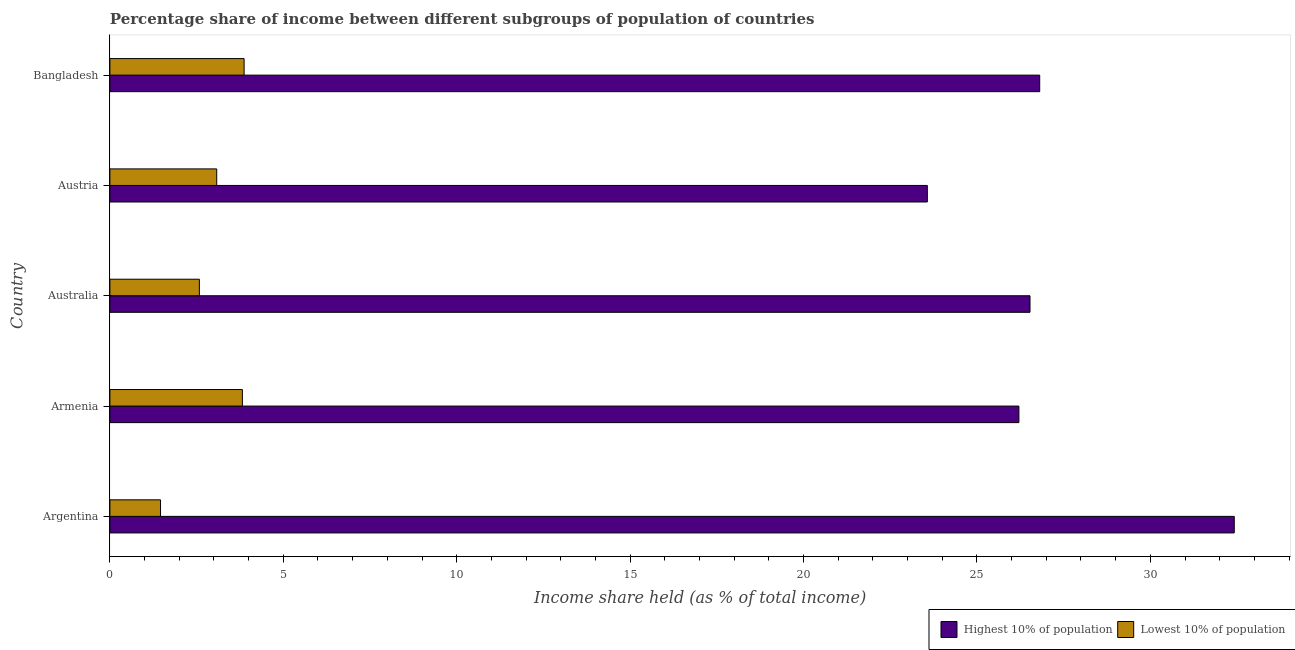
| Country | Highest 10% of population | Lowest 10% of population |
 | --- | --- | --- |
 | Argentina | 32.4 | 1.46 |
 | Armenia | 26.2 | 3.82 |
 | Australia | 26.5 | 2.58 |
 | Austria | 23.6 | 3.08 |
 | Bangladesh | 26.8 | 3.87 |